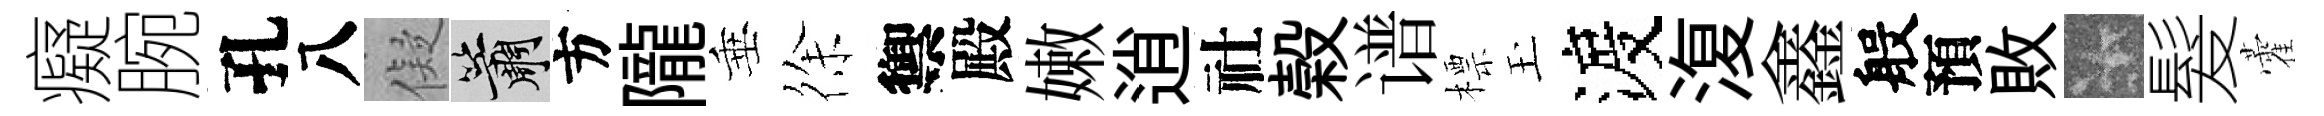
癡腕孔八儗簫方隴垂徐禦殿嫩逍社榖谱標玉渡𣸪鑫般預敗卡髮藿